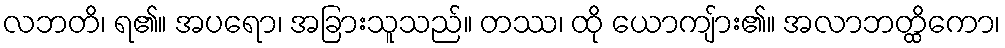
လဘတိ၊ ရ၏။ အပရော၊ အခြားသူသည်။ တဿ၊ ထို ယောကျ်ား၏။ အလာဘတ္ထိကော၊